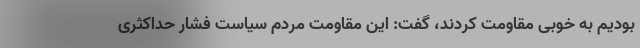
بودیم به خوبی مقاومت کردند، گفت: این مقاومت مردم سیاست فشار حداکثری